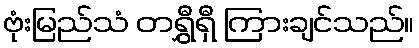
ဗုံးမြည်သံ တရွှီရှီ ကြားချင်သည်။